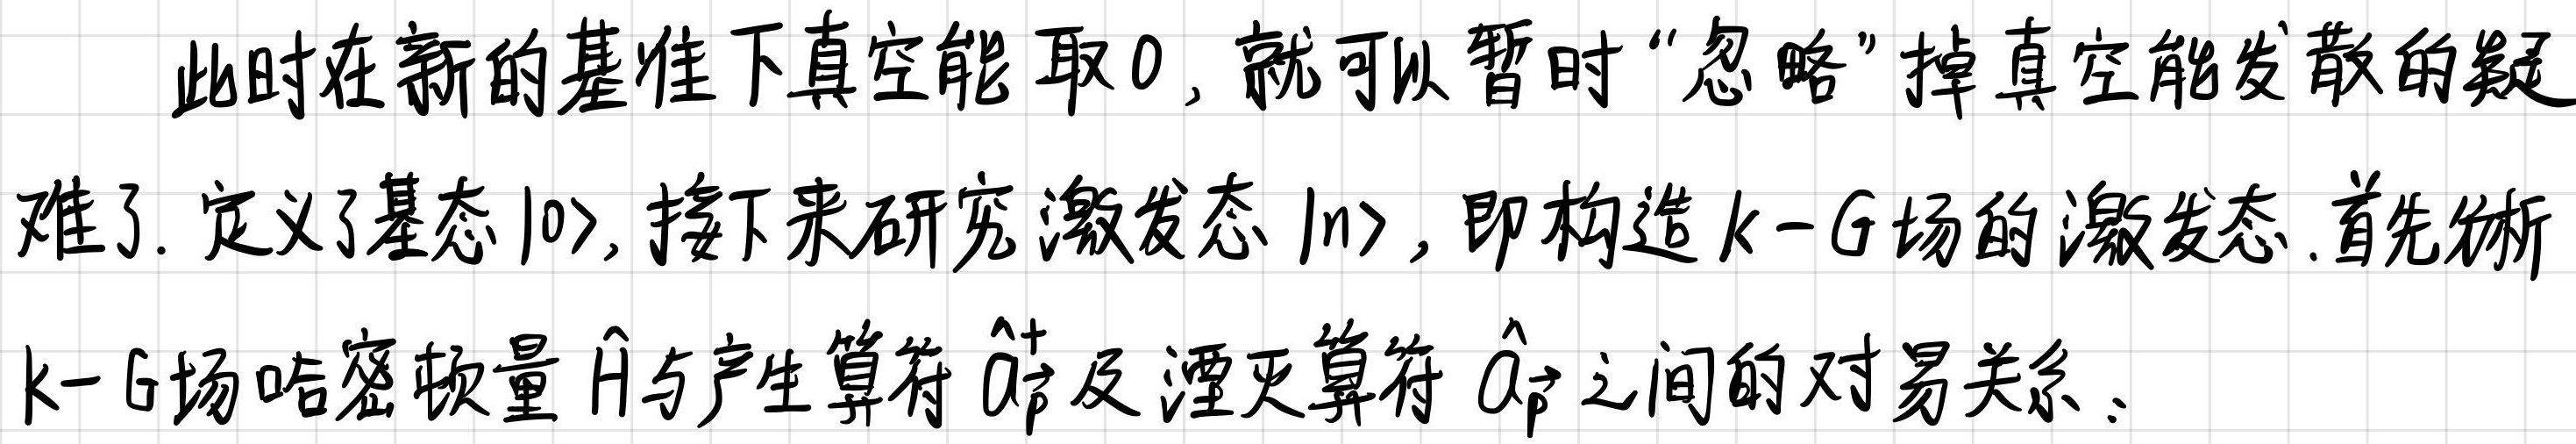
此时在新的基准下真空能取0, 就可以暂时“忽略”掉真空能发散的疑难了. 定义了基态$|0\rangle$, 接下来研究激发态$|n\rangle$, 即构造$k - G$场的激发态. 首先分析$k - G$场哈密顿量$\hat{H}$与产生算符$\hat{a}_{\vec{p}}^{\dagger}$及湮灭算符$\hat{a}_{\vec{p}}$之间的对易关系.